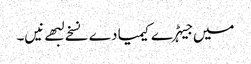
میں جیہڑے کیمیا دے نسخے لبھے نیں۔